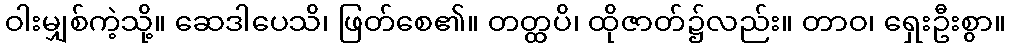
ဝါးမျှစ်ကဲ့သို့။ ဆေဒါပေသိ၊ ဖြတ်စေ၏။ တတ္ထပိ၊ ထိုဇာတ်၌လည်း။ တာဝ၊ ရှေးဦးစွာ။